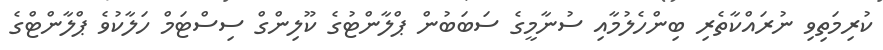
ކުރިމަތިވި ނުރައްކާތެރި ބިންހެލުމާއި ސުނާމީގެ ސަބަބުން ޕްލާންޓުގެ ކޫލިންގް ސިސްޓަމް ހަލާކުވެ ޕްލާންޓްގެ